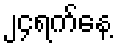
၂၄ရက်နေ့